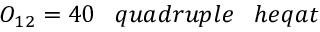
O _ { 1 2 } = 4 0 \; \; \; q u a d r u p l e \; \; \; h e q a t